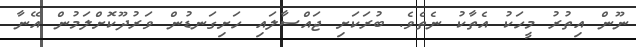
ނޫން އިތުރު މީހަކު އެތާކު ނެތެވެ. ބުރަކަށި ޖައްސާލައި ހަށިގަނޑުން ވަރުދޫކޮށްލަމުން އޭނާ